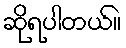
ဆိုရပါတယ်။